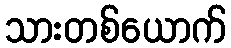
သားတစ်ယောက်